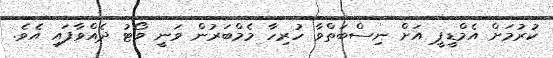
ކުރުމަށް އެމްޑީޕީ އަށް ނިސްބަތްވާ ހުރިހާ މެމްބަރުން ވަނީ ވޯޓު ދެއްވާފައި އެވެ.